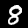
Label: 8